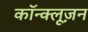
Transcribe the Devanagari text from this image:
कॉन्क्लूज़न